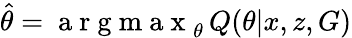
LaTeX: \hat{\theta}=\mathrm{~a~r~g~m~a~x~}_{\theta}\, Q(\theta|x,z,G)